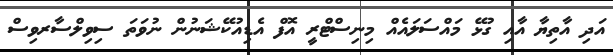
އަދި އާތިޔާ އާއި ގުޅޭ މައްސަލައެއް މިނިސްޓްރީ އޮފް އެޑިއުކޭޝަނުން ނުވަތަ ސިވިލްސާރވިސް